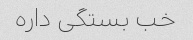
خب بستگی داره